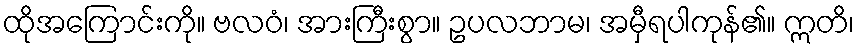
ထိုအကြောင်းကို။ ဗလဝံ၊ အားကြီးစွာ။ ဥပလဘာမ၊ အမှီရပါကုန်၏။ ဣတိ၊